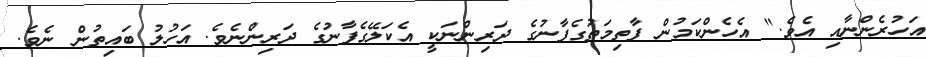
އަހުރެންނާއި އެވެ." އެހެންކަމުން ފާތިމަތުގެފާނުގެ ދަރިންނަކީ އެކަލޭގެފާނުގެ ދަރިންނެވެ. އަހުލު ބައިތުން ނެވެ.